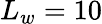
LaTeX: L_{w}=10